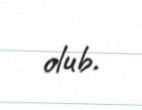
olub.